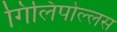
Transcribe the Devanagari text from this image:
गिलिपोल्लस